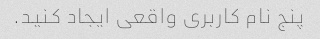
پنج نام کاربری واقعی ایجاد کنید.